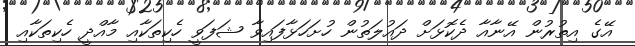
އޭގެ އިތުރުން އޭނާއާ ދެކޮޅަށް ދައުލަތުން ހުށަހަޅާފައިވާ ޝަފަވީ ހެކިތަކާއި މާއްދީ ހެކިތަކާއި